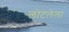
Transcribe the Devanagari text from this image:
लोटलेला